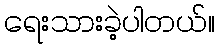
ရေးသားခဲ့ပါတယ်။